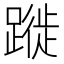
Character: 蹝